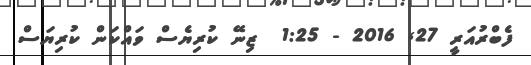
ފެބްރުއަރީ 27